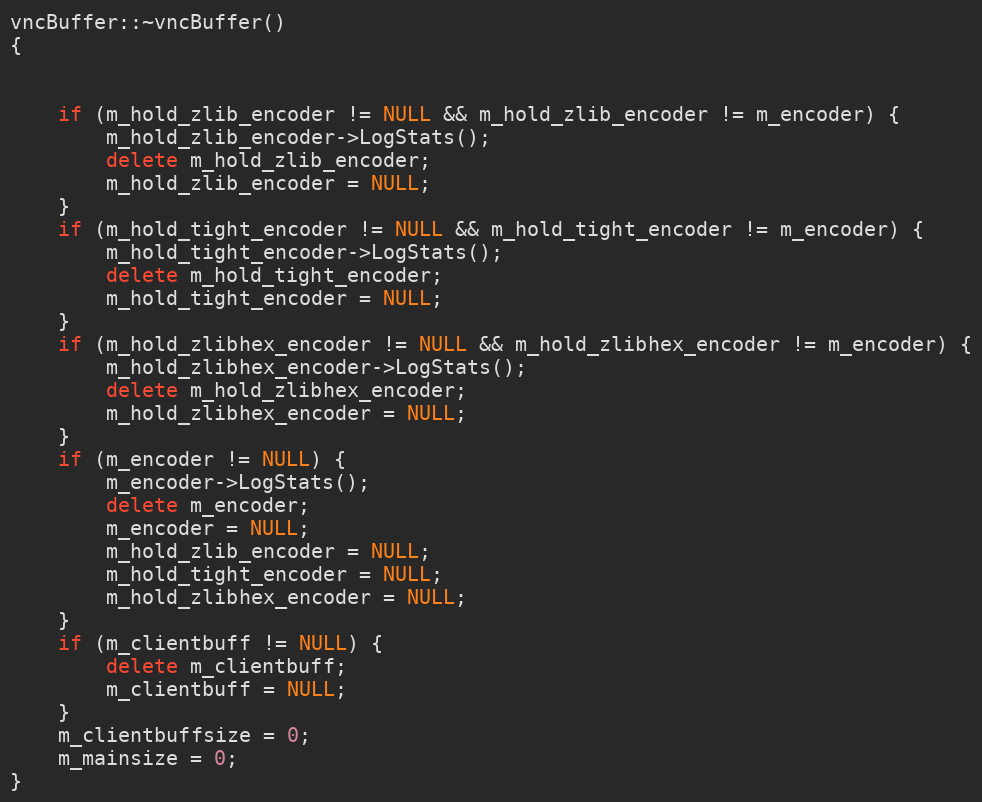
Language: C++
vncBuffer::~vncBuffer()
{

	if (m_hold_zlib_encoder != NULL && m_hold_zlib_encoder != m_encoder) {
		m_hold_zlib_encoder->LogStats();
		delete m_hold_zlib_encoder;
		m_hold_zlib_encoder = NULL;
	}
	if (m_hold_tight_encoder != NULL && m_hold_tight_encoder != m_encoder) {
		m_hold_tight_encoder->LogStats();
		delete m_hold_tight_encoder;
		m_hold_tight_encoder = NULL;
	}
	if (m_hold_zlibhex_encoder != NULL && m_hold_zlibhex_encoder != m_encoder) {
		m_hold_zlibhex_encoder->LogStats();
		delete m_hold_zlibhex_encoder;
		m_hold_zlibhex_encoder = NULL;
	}
	if (m_encoder != NULL) {
		m_encoder->LogStats();
		delete m_encoder;
		m_encoder = NULL;
		m_hold_zlib_encoder = NULL;
		m_hold_tight_encoder = NULL;
		m_hold_zlibhex_encoder = NULL;
	}
	if (m_clientbuff != NULL) {
		delete m_clientbuff;
		m_clientbuff = NULL;
	}
	m_clientbuffsize = 0;
	m_mainsize = 0;
}